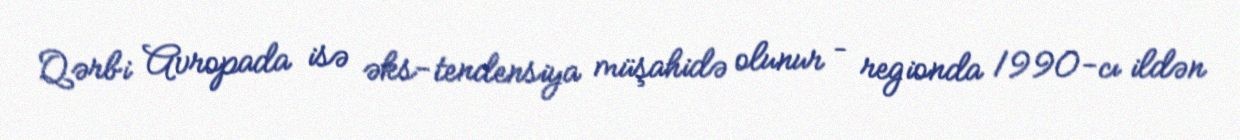
Qərbi Avropada isə əks-tendensiya müşahidə olunur – regionda 1990-cı ildən